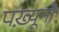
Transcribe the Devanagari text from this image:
पख़्यूनों